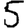
Digit: 5